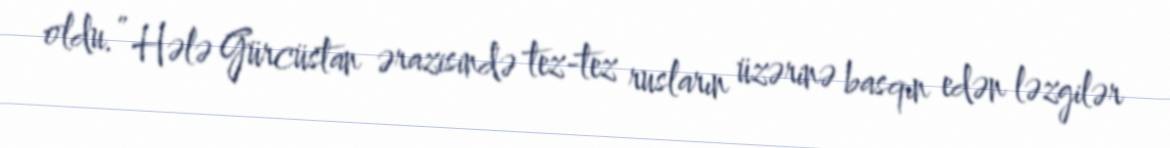
oldu.” Hələ Gürcüstan ərazisində tez-tez rusların üzərinə basqın edən ləzgilər